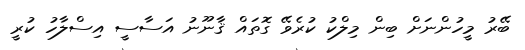
ބޭރު މީހުންނަށް ބިން މިލްކު ކުރެވޭ ގޮތައް ޤާނޫނު އަސާސީ އިސްލާހު ކުރީ